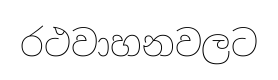
රථවාහනවලට